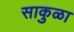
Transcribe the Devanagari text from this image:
साकुळा